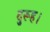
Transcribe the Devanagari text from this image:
दुरूह।